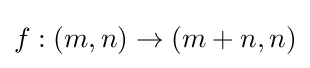
f:(m,n)\rightarrow (m+n,n)